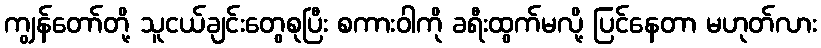
ကျွန်တော်တို့ သူငယ်ချင်းတွေစုပြီး စကားဝါကို ခရီးထွက်မလို့ ပြင်နေတာ မဟုတ်လား